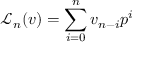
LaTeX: { { \mathcal L } _ { n } } ( v ) = \sum _ { i = 0 } ^ { n } v _ { n - i } p ^ { i }